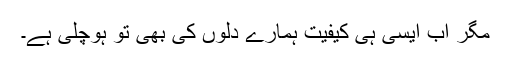
مگر اب ایسی ہی کیفیت ہمارے دلوں کی بھی تو ہوچلی ہے۔